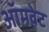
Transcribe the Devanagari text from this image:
ऑमवेट